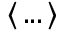
\langle \, . . . \, \rangle